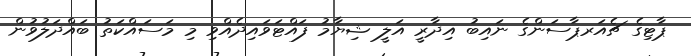
ޕާޓިގެ ޗެއަރޕާސަންގެ ނައިބު އިދާރީ އަލީ ޝިޔާމު ފައްޓަވައިދެއްވި މި މަސައްކަތު ބައްދަލުވުން